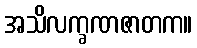
အသိလက္ခဏဇာတက။